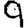
Digit: 9